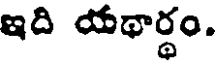
ఇది యథార్థం.